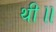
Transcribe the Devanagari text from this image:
थी॥